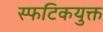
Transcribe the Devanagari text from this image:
स्फटिकयुक्त